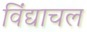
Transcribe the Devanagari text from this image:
विंद्याचल